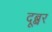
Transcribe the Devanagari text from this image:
दूब्बर